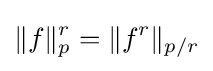
\|f\|_{p}^{r}=\|f^{r}\|_{p/r}